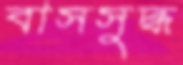
বাসসুদ্ধ